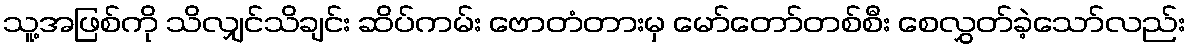
သူ့အဖြစ်ကို သိလျှင်သိချင်း ဆိပ်ကမ်း ဗောတံတားမှ မော်တော်တစ်စီး စေလွှတ်ခဲ့သော်လည်း